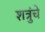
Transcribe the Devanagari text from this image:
शत्रुंचे